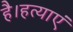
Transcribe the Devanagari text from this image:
है।हत्याएं